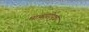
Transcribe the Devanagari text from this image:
माथारीपुत्र